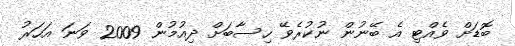
ބޮޑަށް ވެއްޓި އެ ބޭނުން ނުކުރެވޭ ހިސާބަށް ދިއުމުން 2009 ވަނަ އަހަރު